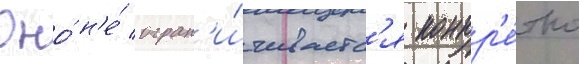
Оно́ н'е́ огран'и́чиваетс'я конкр'е́тно